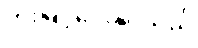
တိုးမြှင့်ပေးနိုင်သည်